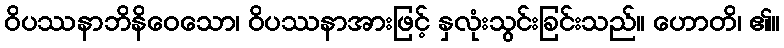
ဝိပဿနာဘိနိဝေသော၊ ဝိပဿနာအားဖြင့် နှလုံးသွင်းခြင်းသည်။ ဟောတိ၊ ၏။